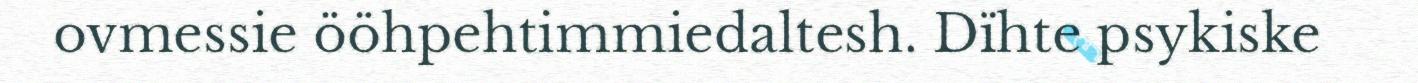
ovmessie ööhpehtimmiedaltesh. Dïhte psykiske